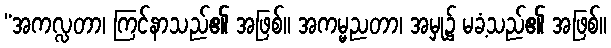
“အကလ္လတာ၊ ကြင်နာသည်၏ အဖြစ်။ အကမ္မညတာ၊ အမှု၌ မခံ့သည်၏ အဖြစ်။